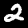
Label: 2